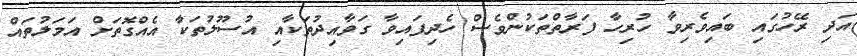
އަދި ރޭހުގައި ބައިވެރިވާ ހުރިހާ ފަރާތްތަކުންވެސް ހެދިފައިވާ ގަވާއިދުތަކާއި އުސޫލުތަކާ އެއްގޮތަށް އަމަލުތައް